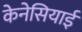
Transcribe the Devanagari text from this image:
केनेसियाई